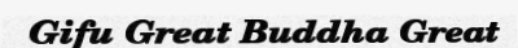
Gifu Great Buddha Great